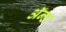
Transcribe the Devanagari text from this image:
ॲन्ट